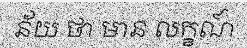
ន័យ ថា មាន លក្ខណ៍